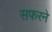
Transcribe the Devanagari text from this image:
सफरने